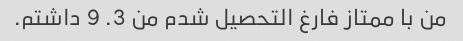
من با ممتاز فارغ التحصیل شدم من 3. 9 داشتم.